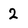
Character: 2